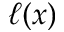
\ell ( x )